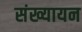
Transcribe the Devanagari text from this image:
संख्यायन